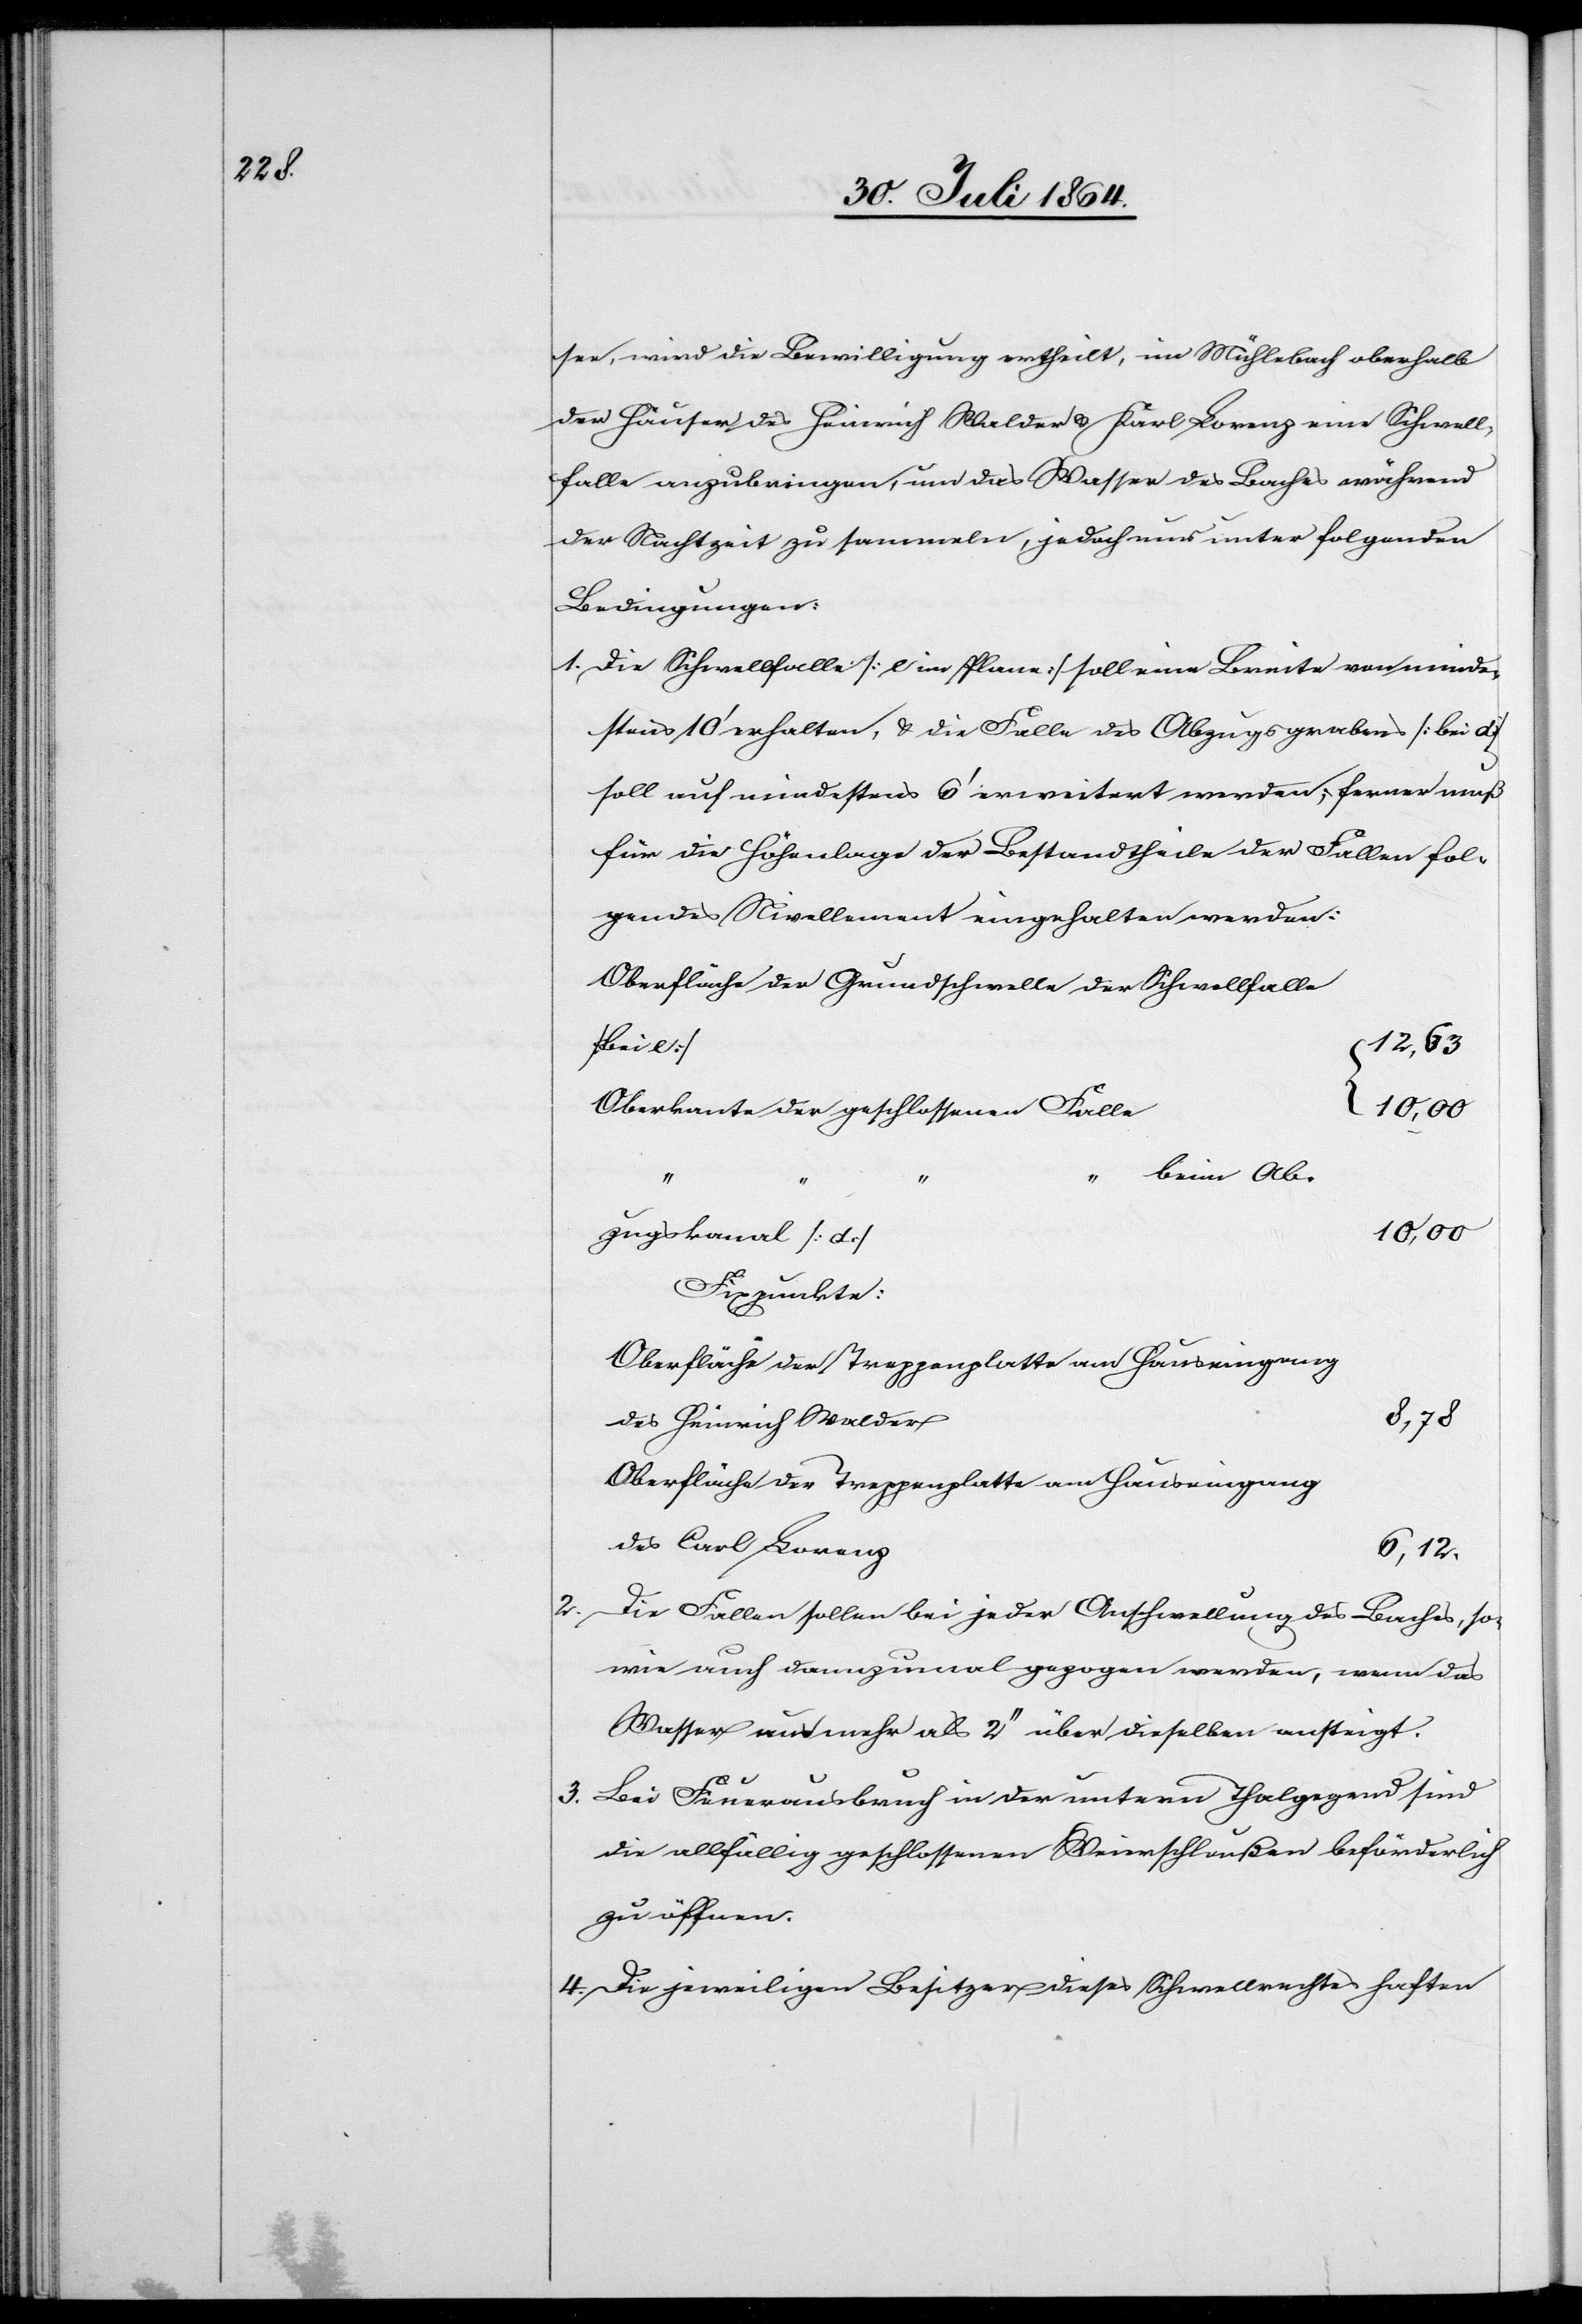
2.	D¬

see, wird die Bewilligung ertheilt, im Mühlebach oberhalb
der Häuser des Heinrich Walder & Karl Lorenz eine Schwell¬
falle anzubringen, und das Wasser des Baches während
der Nachtzeit zu sammeln, jedoch nur unter folgenden
Bedingungen:
1.	Die Schwelle [e im Plane] soll eine Breite von minde¬
stens 10’ erhalten, & die Falle des Abzugsgrabens [bei d]
soll auf mindestens 6’ erweitert werden; ferner muß
für die Höhenlage der Bestandtheile der Fallen fol¬
gendes Nivellement eingehalten werden:
Oberfläche der Grundschwelle der Schwellfalle
[für e]
12,63
Oberkante der geschlossenen Falle
10,00
beim Ab¬
„
„
zugskanal [d]
des Heinrich Walder
Oberfläche der Treppenplatte am Hauseingang
des Carl Lorenz
6,12.
ie Fallen sollen bei jeder Anschwellung des Baches, so¬
wie auch dannzumal gezogen werden, wenn das
Wasser aus [sic!] mehr als 2’’ über dieselben ansteigt.
3.	Bei Feuerausbruch in der untern Thalgegend sind
die allfällig geschlossenen Weierschleußen beförderlich
zu öffnen.
4.	Die jeweiligen Besitzer dieses Schwellrechtes haften